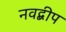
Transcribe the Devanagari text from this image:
नवद्बीप